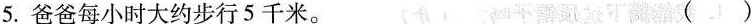
5.爸爸每小时大约步行5千米。（）